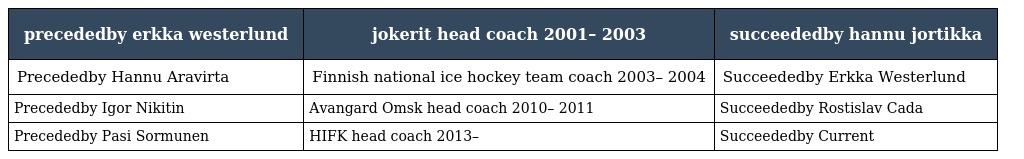
| precededby erkka westerlund | jokerit head coach 2001– 2003 | succeededby hannu jortikka |
 | --- | --- | --- |
 | Precededby Hannu Aravirta | Finnish national ice hockey team coach 2003– 2004 | Succeededby Erkka Westerlund |
 | Precededby Igor Nikitin | Avangard Omsk head coach 2010– 2011 | Succeededby Rostislav Cada |
 | Precededby Pasi Sormunen | HIFK head coach 2013– | Succeededby Current |